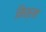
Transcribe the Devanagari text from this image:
मिश्रम